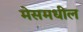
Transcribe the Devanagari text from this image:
मेसमधील